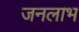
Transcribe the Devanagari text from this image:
जनलाभ